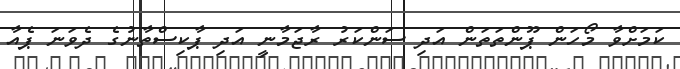
ކަމަށްވާ މޯހަން ޕޫންތަތަން އަދި ސަންކަރު ރާޖަމާނީ އަދި ޕާކިސްތާނުގެ ދެވަނަ ޕެއާ